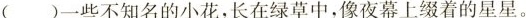
( )一些不知名的小花，长在绿草中，像夜幕上缀着的星星。